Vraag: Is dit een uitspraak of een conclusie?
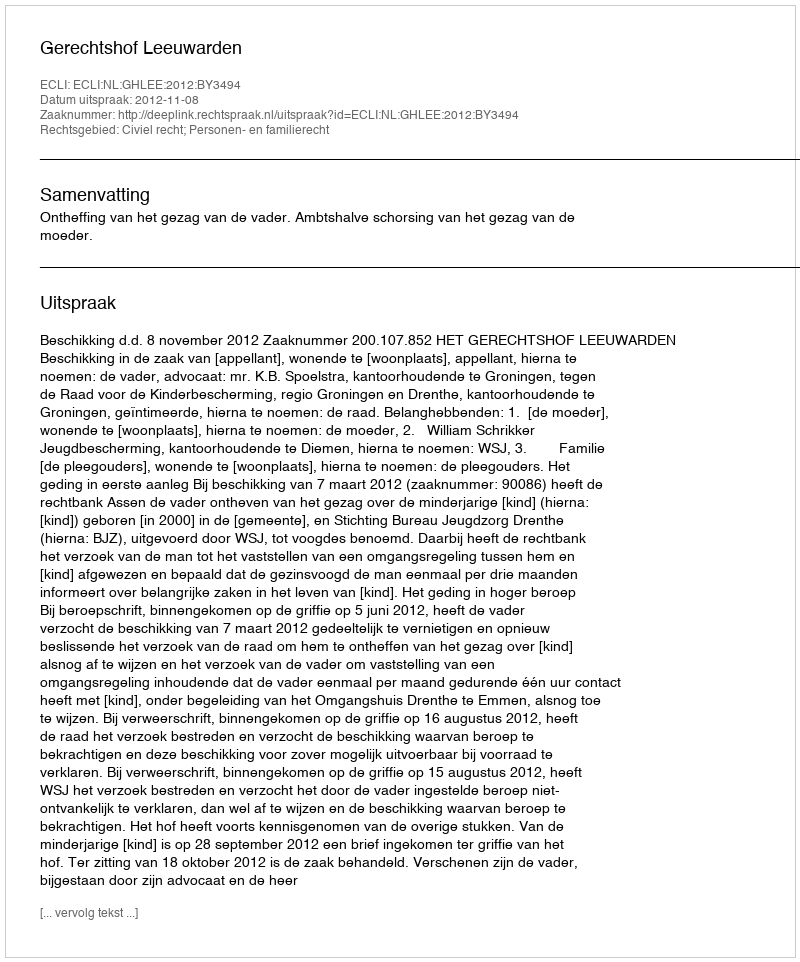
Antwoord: Uitspraak